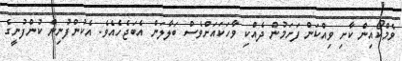
ވެމްކޯއިން ކާށި ވިއްކަން ފަށަމުން ދެއްކި ވާހަކައަށްވެސް ބަލާލަން އެބަޖެހެއެވެ. އެކުންފުނިން ކުންފުނީގެ